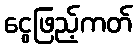
ငွေဖြည့်ကတ်